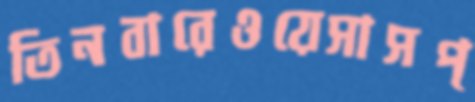
তিনবারেওয়েসাসপ্